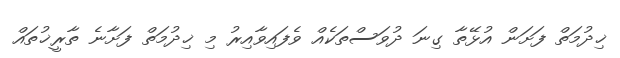
ޚިދުމަތް ފަށަން އުޅޭތާ ގިނަ ދުވަސްތަކެއް ވެފައިވާއިރު މި ޚިދުމަތް ފަށާނެ ތާރީޚުތައް